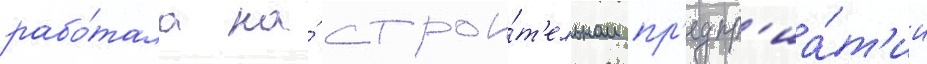
рабо́тала на́ строи́т'ельном пр'едпр'иа́т'ии